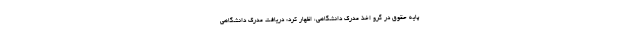
پایه حقوق در گرو اخذ مدرک دانشگاهی، اظهار کرد: دریافت مدرک دانشگاهی